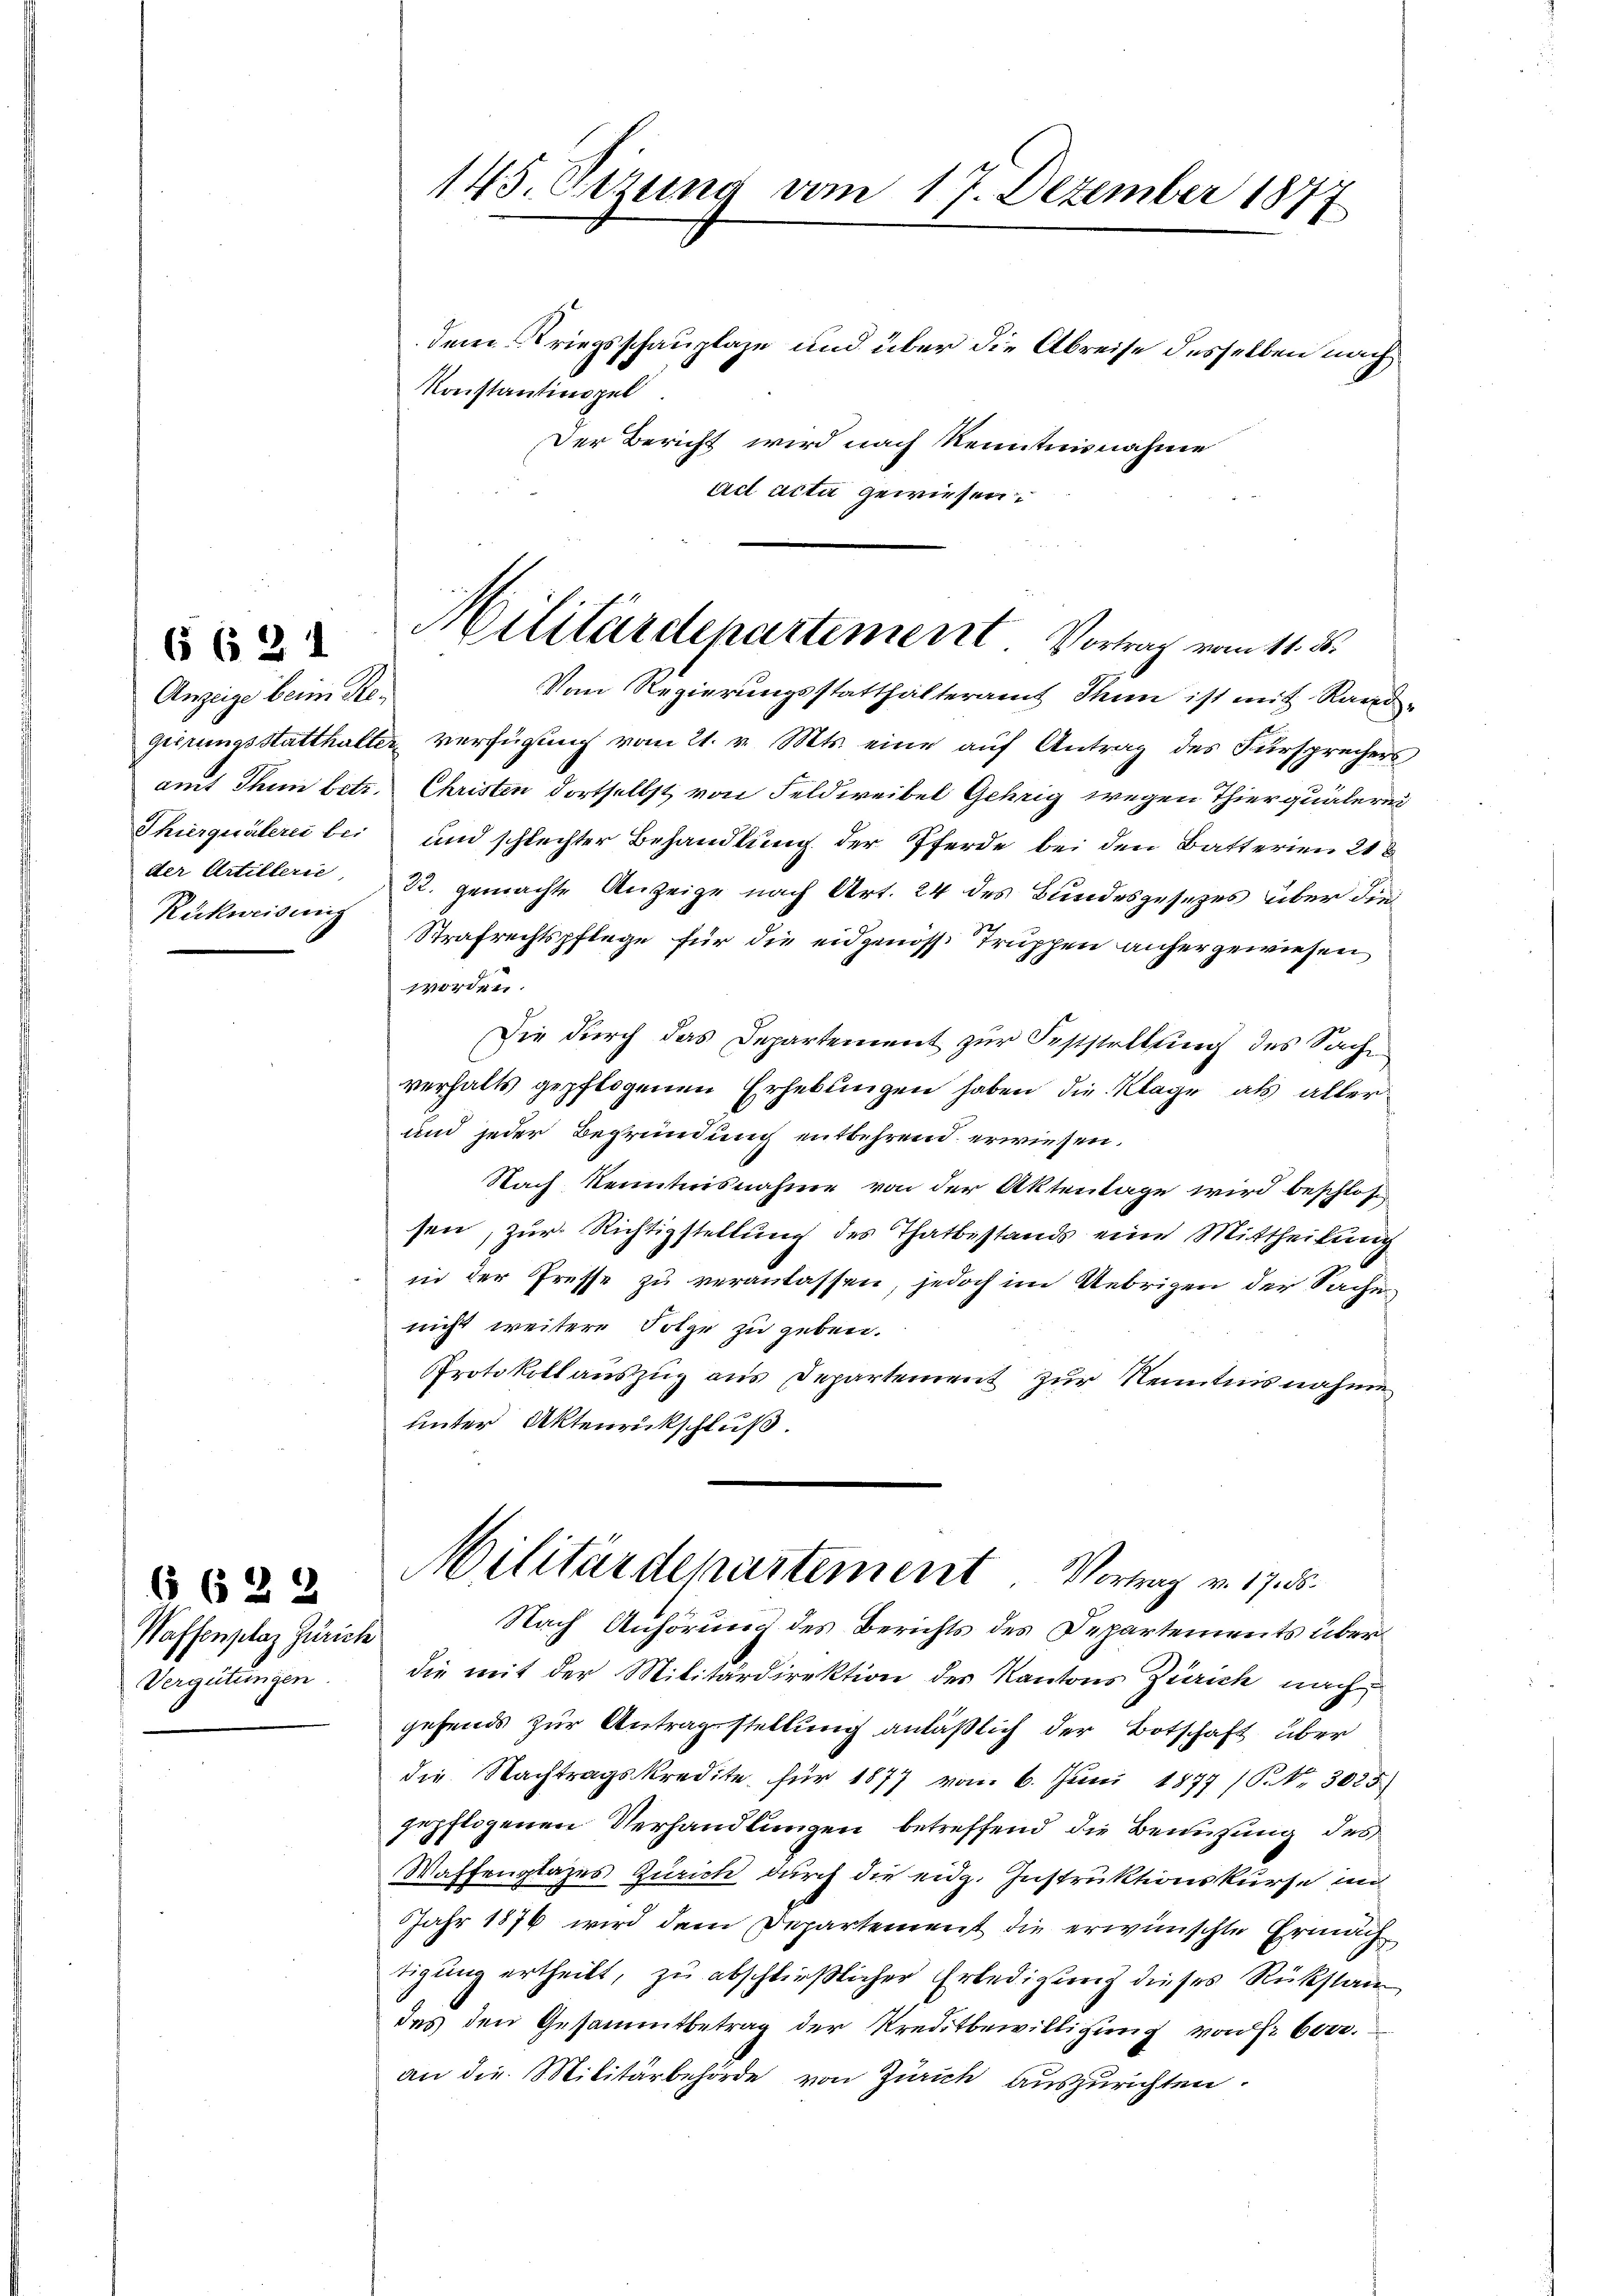
Anzeige beim Re¬
Rückweisung

6 621

6 632
Waffenplaz Zürich
Vergütungen.

dem Kriegsschauplaze und über die Abreise desselben nach
Konstantinopel.
Der Bericht wird nach Kenntnisnahme
act acta gewiesen.
gierungsstatthalter verfügung vom 21. v. Mts. eine auf Antrag des Fürsprechers,
amt Thun betr. Christen dortselbst von Feldweibel Gehrig wegen Thier quälern
Thierquälerei bei und schlechter Behandlung der Pferde bei den Batterien 218
der Artillerie 32. gemachte Anzeige nach Art. 24 des Bundesgesezes über die
Strafrechtspflege für die eidgenöss Truppen anhergewiesen
worden.
Die durch das Departement zur Feststellung des Sache
verhalts gepflogenen Erhebungen haben die Klage als aller
und jeder Begründung entbehrend erwiesen.
Nach kenntnisnahme von der Aktenlage wird beschlos
sen, zur Richtigstellung des Thatbestands eine Mittheilung
in der Presse zu veranlassen, jedoch im Uebrigen der Sache
nicht weitere Folge zu geben.
Protokoll aŭszŭg aus Departement zur Nenntnisnahmen
unter Aktenrückschluß.
Militärdepartement. Vortrag v. 17. 5.
Nach Anhörung des Berichts des Departements überdie mit der Militärdirektion des Kantons Zürich nach
gehends zur Antragstellung anläßlich der Botschaft über
die Nachtragskredite für 1877 vom 6. Juni 1877 (P. Nr. 3025
gepflogenen Verhandlungen betreffend die Benutzung des
Waffenplazes Zürich durch die eidg. Instruktionskurse un
Jahr 1876 wird dem Departement die erwünschte Ermächtigung ertheilt, zu abschließlicher Erledigung dieses Rükstandes den Gesammtbetrag der Kreditbewilligung von Fr. 600.
an die Militärbehörde von Zürich auszurichten.

143. Sitzung vom 17. Dezember 1877

Militärdepartement. Vortrag vom 11. d.
Vom Regierungsstatthalteramt Thun ist mit Raid-